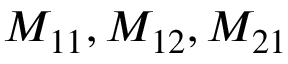
M _ { 1 1 } , M _ { 1 2 } , M _ { 2 1 }